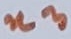
Text: n3